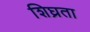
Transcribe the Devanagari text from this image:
शिघ्रता